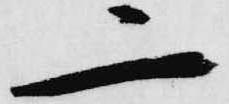
二